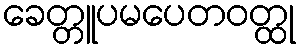
ခေတ္တူပမပေတဝတ္ထု